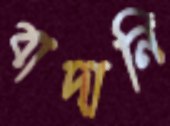
বাদানি